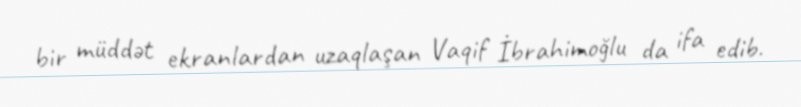
bir müddət ekranlardan uzaqlaşan Vaqif İbrahimoğlu da ifa edib.